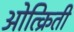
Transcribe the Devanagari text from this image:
ओत्क्रिती